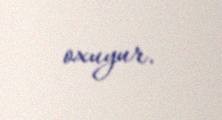
oxuyur.